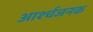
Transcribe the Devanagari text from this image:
आर्श्चजनक